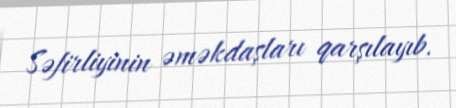
Səfirliyinin əməkdaşları qarşılayıb.